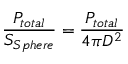
\frac { P _ { t o t a l } } { S _ { S p h e r e } } = \frac { P _ { t o t a l } } { 4 \pi D ^ { 2 } }